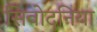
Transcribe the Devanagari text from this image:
सिवोदनिया